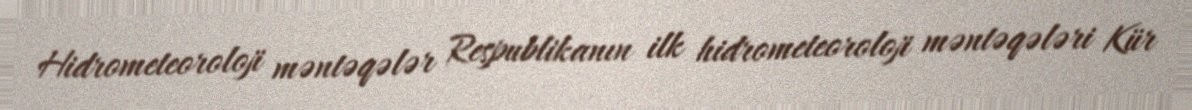
Hidrometeoroloji məntəqələr Respublikanın ilk hidrometeoroloji məntəqələri Kür